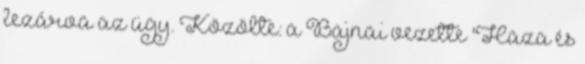
lezárva az ügy. Közölte: a Bajnai vezette 'Haza és